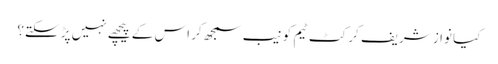
کیا نواز شریف کرکٹ ٹیم کو نیب سمجھ کر اس کے پیچھے نہیں پڑ سکتے؟